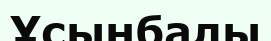
Ұсынбалы